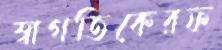
স্বাগতিকেরফ